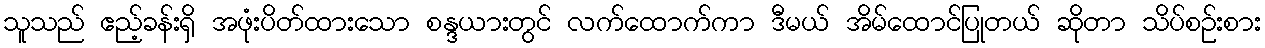
သူသည် ဧည့်ခန်းရှိ အဖုံးပိတ်ထားသော စန္ဒယားတွင် လက်ထောက်ကာ ဒီမယ် အိမ်ထောင်ပြုတယ် ဆိုတာ သိပ်စဉ်းစား